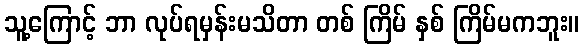
သူ့ကြောင့် ဘာ လုပ်ရမှန်းမသိတာ တစ် ကြိမ် နှစ် ကြိမ်မကဘူး။